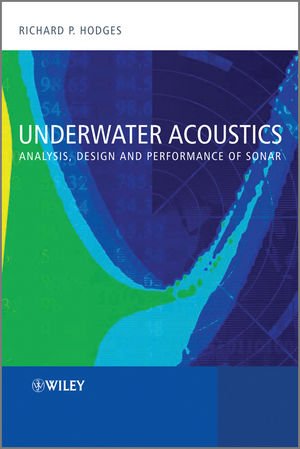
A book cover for Underwater Acoustics: Analysis, Design and Performance of Sonar; Richard P. Hodges; Science & Math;